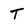
Character: T